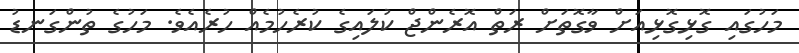
މަހުގައި ގޮޅިގޮޅިއަށް ވާގޮތަށް ރަތް އޮރެންޖް ކުލައިގެ ކުރެހުމެއް ހުރެއެވެ. މަހުގެ ތުންގަނޑު